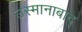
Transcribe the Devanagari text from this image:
उस्मानाबाद्